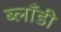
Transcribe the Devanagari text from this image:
ब्लाँडी